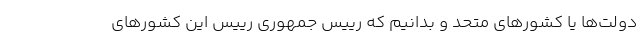
دولت‌ها یا کشورهای متحد و بدانیم که رییس جمهوری رییس این کشورهای